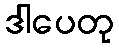
ဒါပေတု